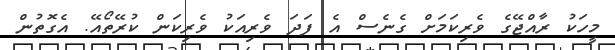
މީހަކު ރާއްޖޭގެ ވެރިކަމަށް ގެނެސް އެ ފަދަ ވެރިއަކު ވެރިކަން ކުރޭތޯއޭ. އެގޮތުން